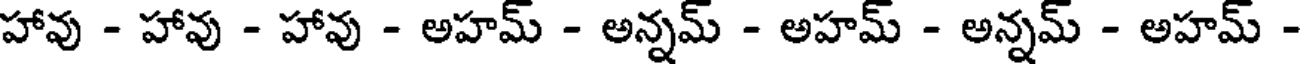
హావు - హావు - హావు - అహమ్ - అన్నమ్ - అహమ్ - అన్నమ్ - అహమ్ -